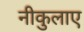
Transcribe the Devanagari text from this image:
नीकुलाए